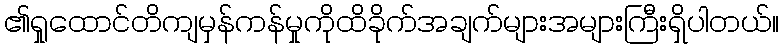
၏ရှုထောင်တိကျမှန်ကန်မှုကိုထိခိုက်အချက်များအများကြီးရှိပါတယ်။